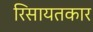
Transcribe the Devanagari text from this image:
रिसायतकार